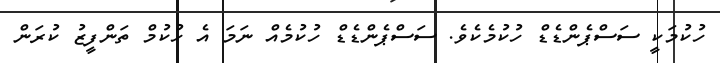
ހުކުމަކީ ސަސްޕެންޑެޑް ހުކުމެކެވެ. ސަސްޕެންޑެޑް ހުކުމެއް ނަމަ އެ ހުކުމް ތަންފީޒު ކުރަން